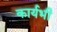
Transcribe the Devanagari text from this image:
कार्यभी